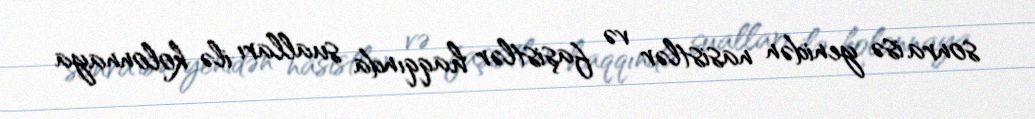
sonra isə yenidən nasistlər və faşistlər haqqında sualları ilə kolonnaya